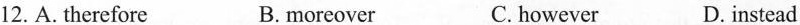
12.A. therefore B.moreover C. however D. instead